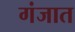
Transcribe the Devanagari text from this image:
गंजात